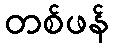
တစ်ဖန်